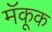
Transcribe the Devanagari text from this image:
मॅकूक